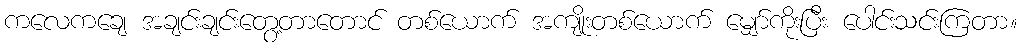
ကလေကချေ အချင်းချင်းတွေ့တာတောင် တစ်ယောက် အကျိုးတစ်ယောက် မျှော်ကိုးပြီး ပေါင်းသင်းကြတာ။